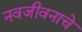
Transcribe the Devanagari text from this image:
नवजीवनाचे